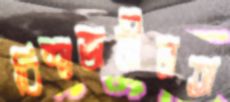
বিশ্বজনীনতা